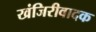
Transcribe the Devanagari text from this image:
खंजिरीवादक